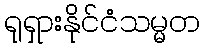
ရုရှားနိုင်ငံသမ္မတ